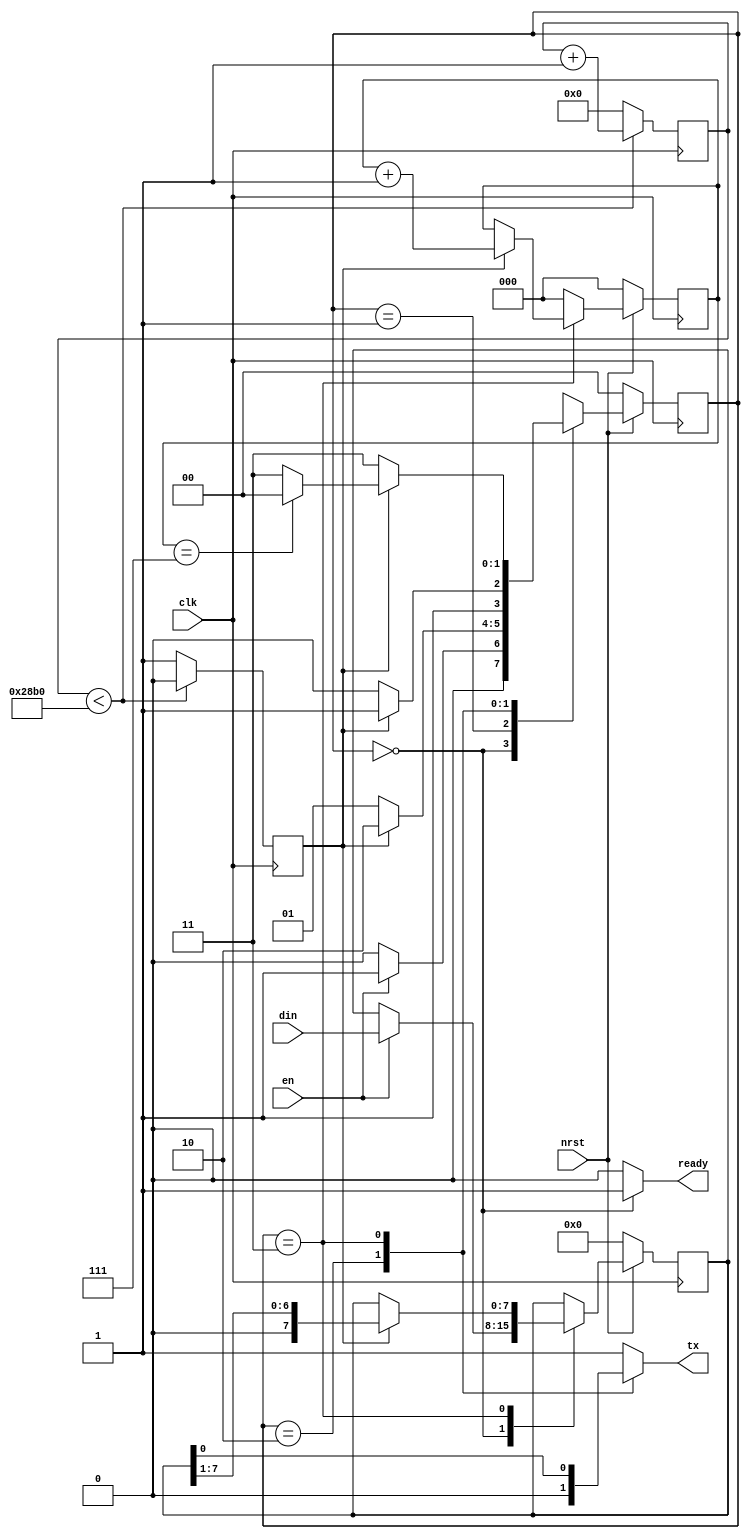
module uarttx #(
  parameter BAUD_PER = 10416
  )(
  input  wire       clk,
  input  wire       nrst,
  input  wire       en,
  input  wire [7:0] din,
  output reg        tx,
  output wire       ready
  );

  // Baud counter
  reg [13:0] baud_ctr;
  reg baud_ctr_en;
  always@(posedge clk)
    if (baud_ctr < BAUD_PER) begin
      baud_ctr    <= baud_ctr + 1;
      baud_ctr_en <= 0;
    end
    else begin
      baud_ctr    <= 0;
      baud_ctr_en <= 1'b1;
    end

  reg [1:0] state;
  reg [2:0] bit_ctr;
  parameter S_IDLE  = 0;
  parameter S_SYNC  = 1;
  parameter S_START = 2;
  parameter S_DATA  = 3;
  always@(posedge clk)
    if (!nrst)
      state <= S_IDLE;
    else
      case(state)
        S_IDLE:
          if (en)
            state <= S_SYNC;
          else
            state <= S_IDLE;

        S_SYNC:
          if (baud_ctr_en)
            state <= S_START;
          else
            state <= S_SYNC;

        S_START:
          if (baud_ctr_en)
            state <= S_DATA;
          else
            state <= S_START;

        S_DATA:
          if (baud_ctr_en)
            if (bit_ctr == 3'd7)
              state <= S_IDLE;
            else
              state <= S_DATA;
          else
            state <= S_DATA;

        default:
          state <= S_IDLE;
      endcase

  always@(posedge clk)
    if (!nrst)
      bit_ctr <= 0;
    else
      case(state)
        S_DATA:
          if (baud_ctr_en)
            bit_ctr <= bit_ctr + 1;
          else
            bit_ctr <= bit_ctr;
        default:
          bit_ctr <= 0;
      endcase

  reg [7:0] sr;
  always@(posedge clk)
    if (!nrst)
      sr <= 0;
    else
      case(state)
        S_IDLE:
          if (en)
            sr <= din;
          else
            sr <= sr;

        S_DATA:
          if (baud_ctr_en)
            sr <= {1'b0, sr[7:1]};
          else
            sr <= sr;
        default:
          sr <= sr;
      endcase

  always@(*)
    case(state)
      S_START:
        tx <= 0;
      S_DATA:
        tx <= sr[0];
      default:
        tx <= 1'b1;
    endcase

  assign ready = (state == S_IDLE)? 1'b1 : 0;
endmodule